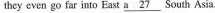
they even go far into East \underline{a27} South Asia .